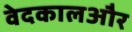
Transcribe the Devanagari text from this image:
वेदकालऔर